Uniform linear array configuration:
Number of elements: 12
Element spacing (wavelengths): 0.75
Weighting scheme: exponential
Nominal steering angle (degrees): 60
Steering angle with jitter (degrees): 60.246
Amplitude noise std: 0.05
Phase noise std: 0.05

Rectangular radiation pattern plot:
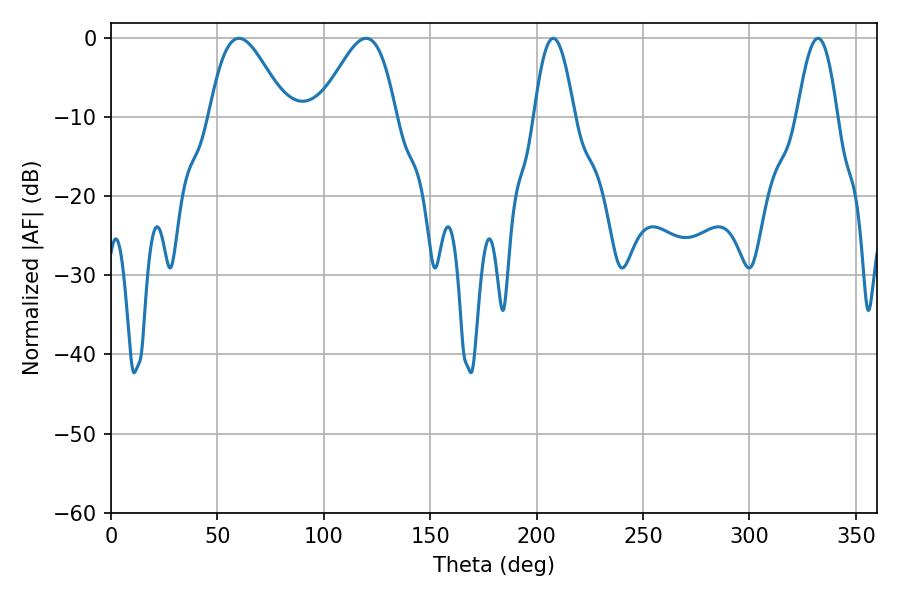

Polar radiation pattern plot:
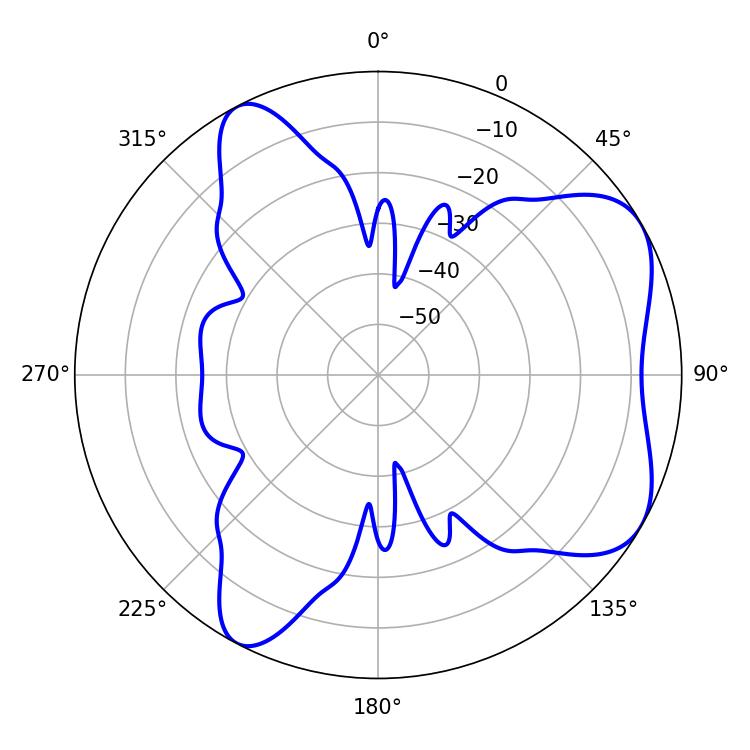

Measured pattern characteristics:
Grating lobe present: TRUE
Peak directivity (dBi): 6.035
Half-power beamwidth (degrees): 19.26
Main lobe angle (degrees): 60.12